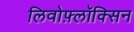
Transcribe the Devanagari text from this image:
लिवोफ़्लॉक्सिन